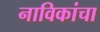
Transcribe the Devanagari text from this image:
नाविकांचा